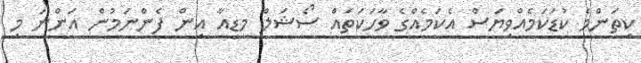
ކިތަންމެ ކުޑަކަމެއްވިޔަސް އެކަމެއްގެ ވާހަކަތައް ސޯޝަލް މީޑިއާ އިން ފެންނަމުން އަންނަ މި